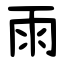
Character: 雨